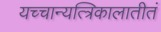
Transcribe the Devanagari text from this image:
यच्चान्यत्त्रिकालातीतं